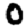
Digit: 0